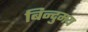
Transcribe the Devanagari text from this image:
बिन्दुमय